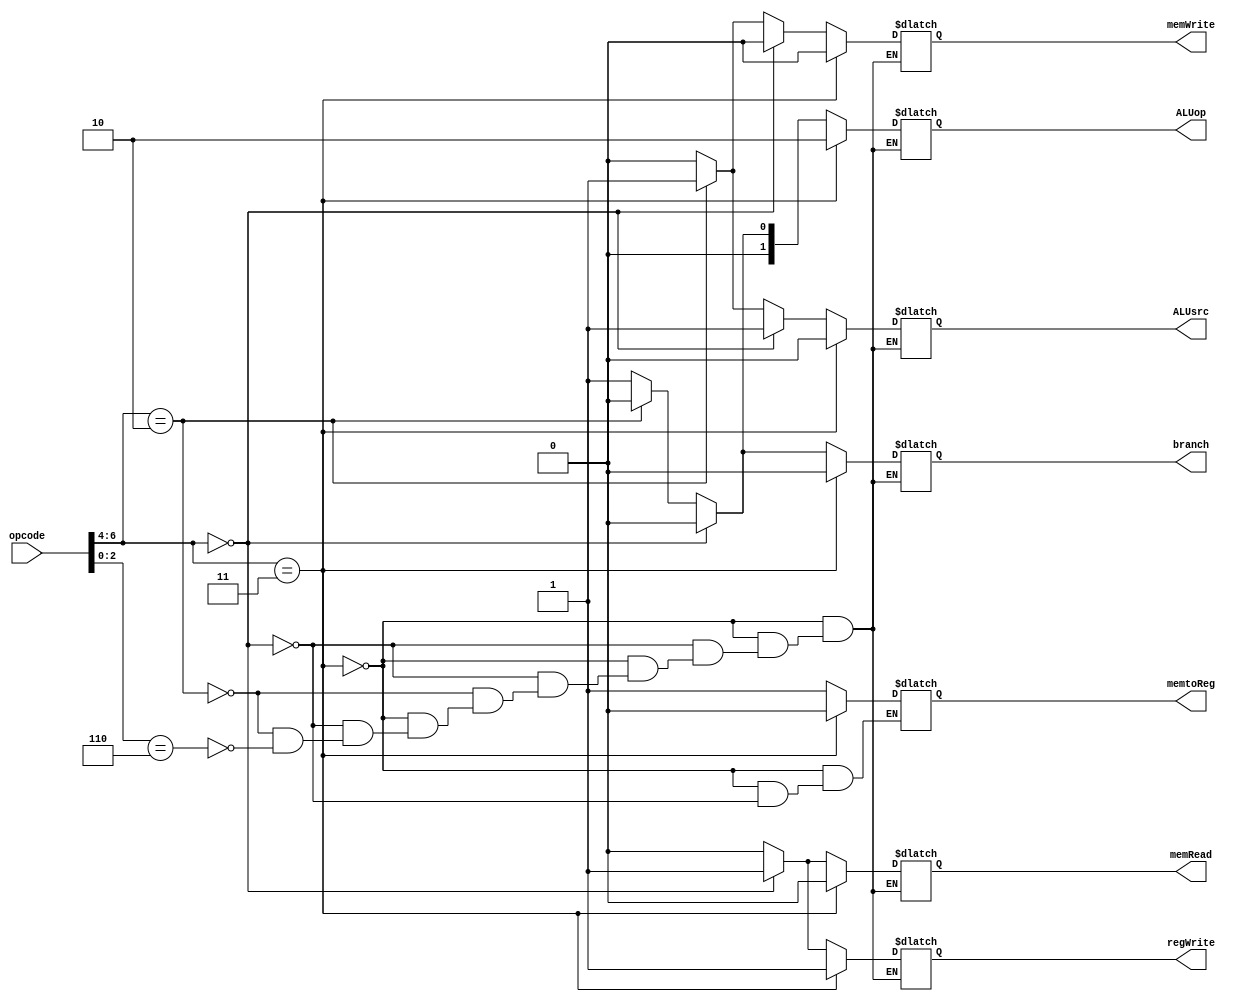
module controlUnit(
  input [6:0] opcode,
  output reg [1:0] ALUop,
  output reg branch, memRead, memtoReg, memWrite, ALUsrc, regWrite);
  always @ (*)
    begin
      if (opcode[6:4] == 3'b011)
        begin
          ALUsrc = 0;
          memtoReg = 0;
          regWrite = 1;
          memRead = 0;
          memWrite = 0;
          branch = 0;
          ALUop = 2'b10;
        end
      else if (opcode[6:4] == 3'b0)
        begin
          ALUsrc = 1;
          memtoReg = 1;
          regWrite = 1;
          memRead = 1;
          memWrite = 0;
          branch = 0;
          ALUop = 2'b00;
        end
      else if (opcode[6:4] == 3'b010)
        begin
          ALUsrc = 1;
//           memtoReg = 0;
          regWrite = 0;
          memRead = 0;
          memWrite = 1;
          branch = 0;
          ALUop = 2'b00;
        end
      else if (opcode[2:0] == 3'b110)
        begin
          ALUsrc = 0;
//           memtoReg = 0;
          regWrite = 0;
          memRead = 0;
          memWrite = 0;
          branch = 1;
          ALUop = 2'b01;
        end
    end
endmodule